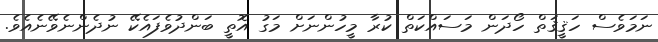
ނަމަވެސް ހަޤީޤަތް ހޯދަން މަސައްކަތް ކުރާ މީހުންނަށް މަގު އޮތީ ބަންދުވެފައެކޭ ނުދެންނެވޭނެއެވެ.